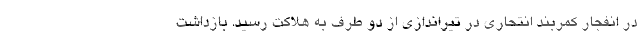
در انفجار کمربند انتحاری در تیراندازی از دو طرف به هلاکت رسید. بازداشت